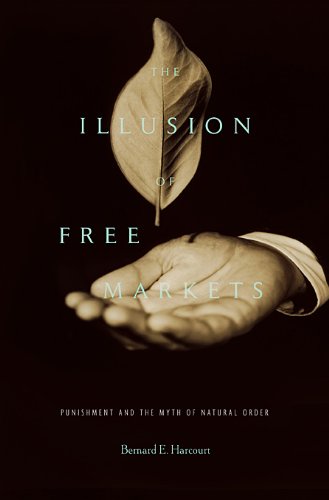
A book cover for The Illusion of Free Markets: Punishment and the Myth of Natural Order; Bernard E. Harcourt; Business & Money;